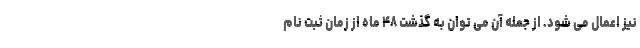
نیز اعمال می شود. از جمله آن می توان به گذشت ۴۸ ماه از زمان ثبت نام